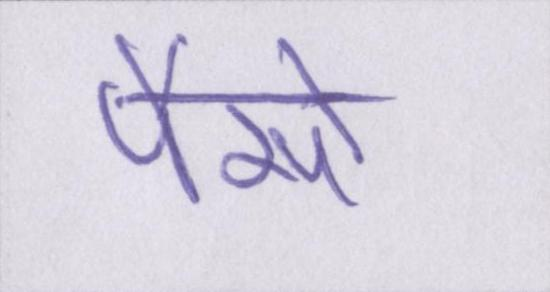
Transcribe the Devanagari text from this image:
पैसों